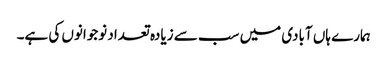
ہمارے ہاں آبادی میں سب سے زیادہ تعداد نوجوانوں کی ہے۔